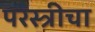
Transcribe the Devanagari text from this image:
परस्त्रीचा